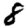
Digit: 8